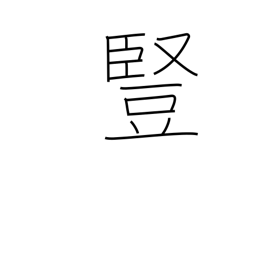
Meaning: vertical